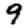
Digit: 9